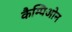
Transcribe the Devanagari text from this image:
कैम्पिओन